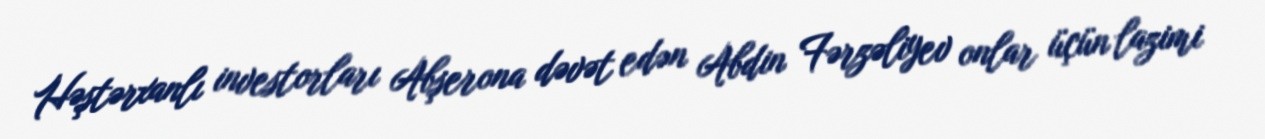
Həştərxanlı investorları Abşerona dəvət edən Abdin Fərzəliyev onlar üçün lazimi